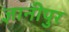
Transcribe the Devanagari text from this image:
ज्ञानीपुर